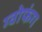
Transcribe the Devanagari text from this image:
ग्वोफंग